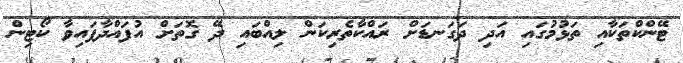
ޓޭންކްތަކާއި ތަޅުުމުގައި އަދި ދަގަނޑަށް ރައްކާތެރިކަން ލިއްބައި ދޭ ގޮތަށް އުފައްދާފައިވާ ކޯޓިން